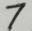
7